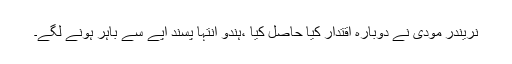
نریندر مودی نے دوبارہ اقتدار کیا حاصل کیا ،ہندو انتہا پسند آپے سے باہر ہونے لگے۔